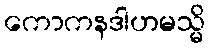
ကောကနဒါဟမသ္မိ